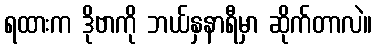
ရထားက ဒိုဗာကို ဘယ်နှနာရီမှာ ဆိုက်တာလဲ။